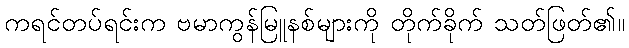
ကရင်တပ်ရင်းက ဗမာကွန်မြူနစ်များကို တိုက်ခိုက် သတ်ဖြတ်၏။